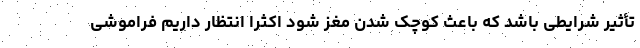
تأثیر شرایطی باشد که باعث کوچک شدن مغز شود اکثراً انتظار داریم فراموشی